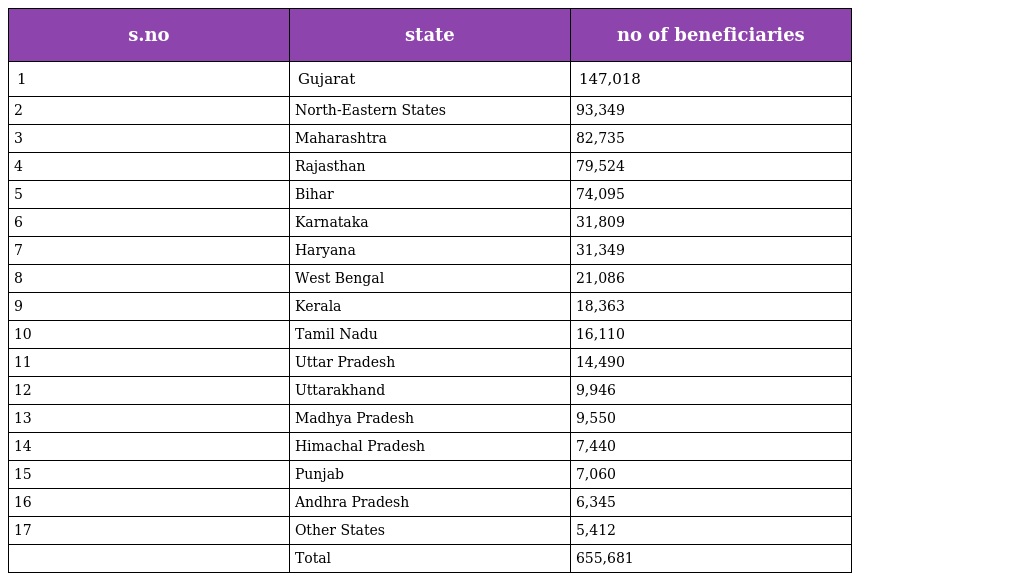
| s.no | state | no of beneficiaries |
 | --- | --- | --- |
 | 1 | Gujarat | 147,018 |
 | 2 | North-Eastern States | 93,349 |
 | 3 | Maharashtra | 82,735 |
 | 4 | Rajasthan | 79,524 |
 | 5 | Bihar | 74,095 |
 | 6 | Karnataka | 31,809 |
 | 7 | Haryana | 31,349 |
 | 8 | West Bengal | 21,086 |
 | 9 | Kerala | 18,363 |
 | 10 | Tamil Nadu | 16,110 |
 | 11 | Uttar Pradesh | 14,490 |
 | 12 | Uttarakhand | 9,946 |
 | 13 | Madhya Pradesh | 9,550 |
 | 14 | Himachal Pradesh | 7,440 |
 | 15 | Punjab | 7,060 |
 | 16 | Andhra Pradesh | 6,345 |
 | 17 | Other States | 5,412 |
 |  | Total | 655,681 |